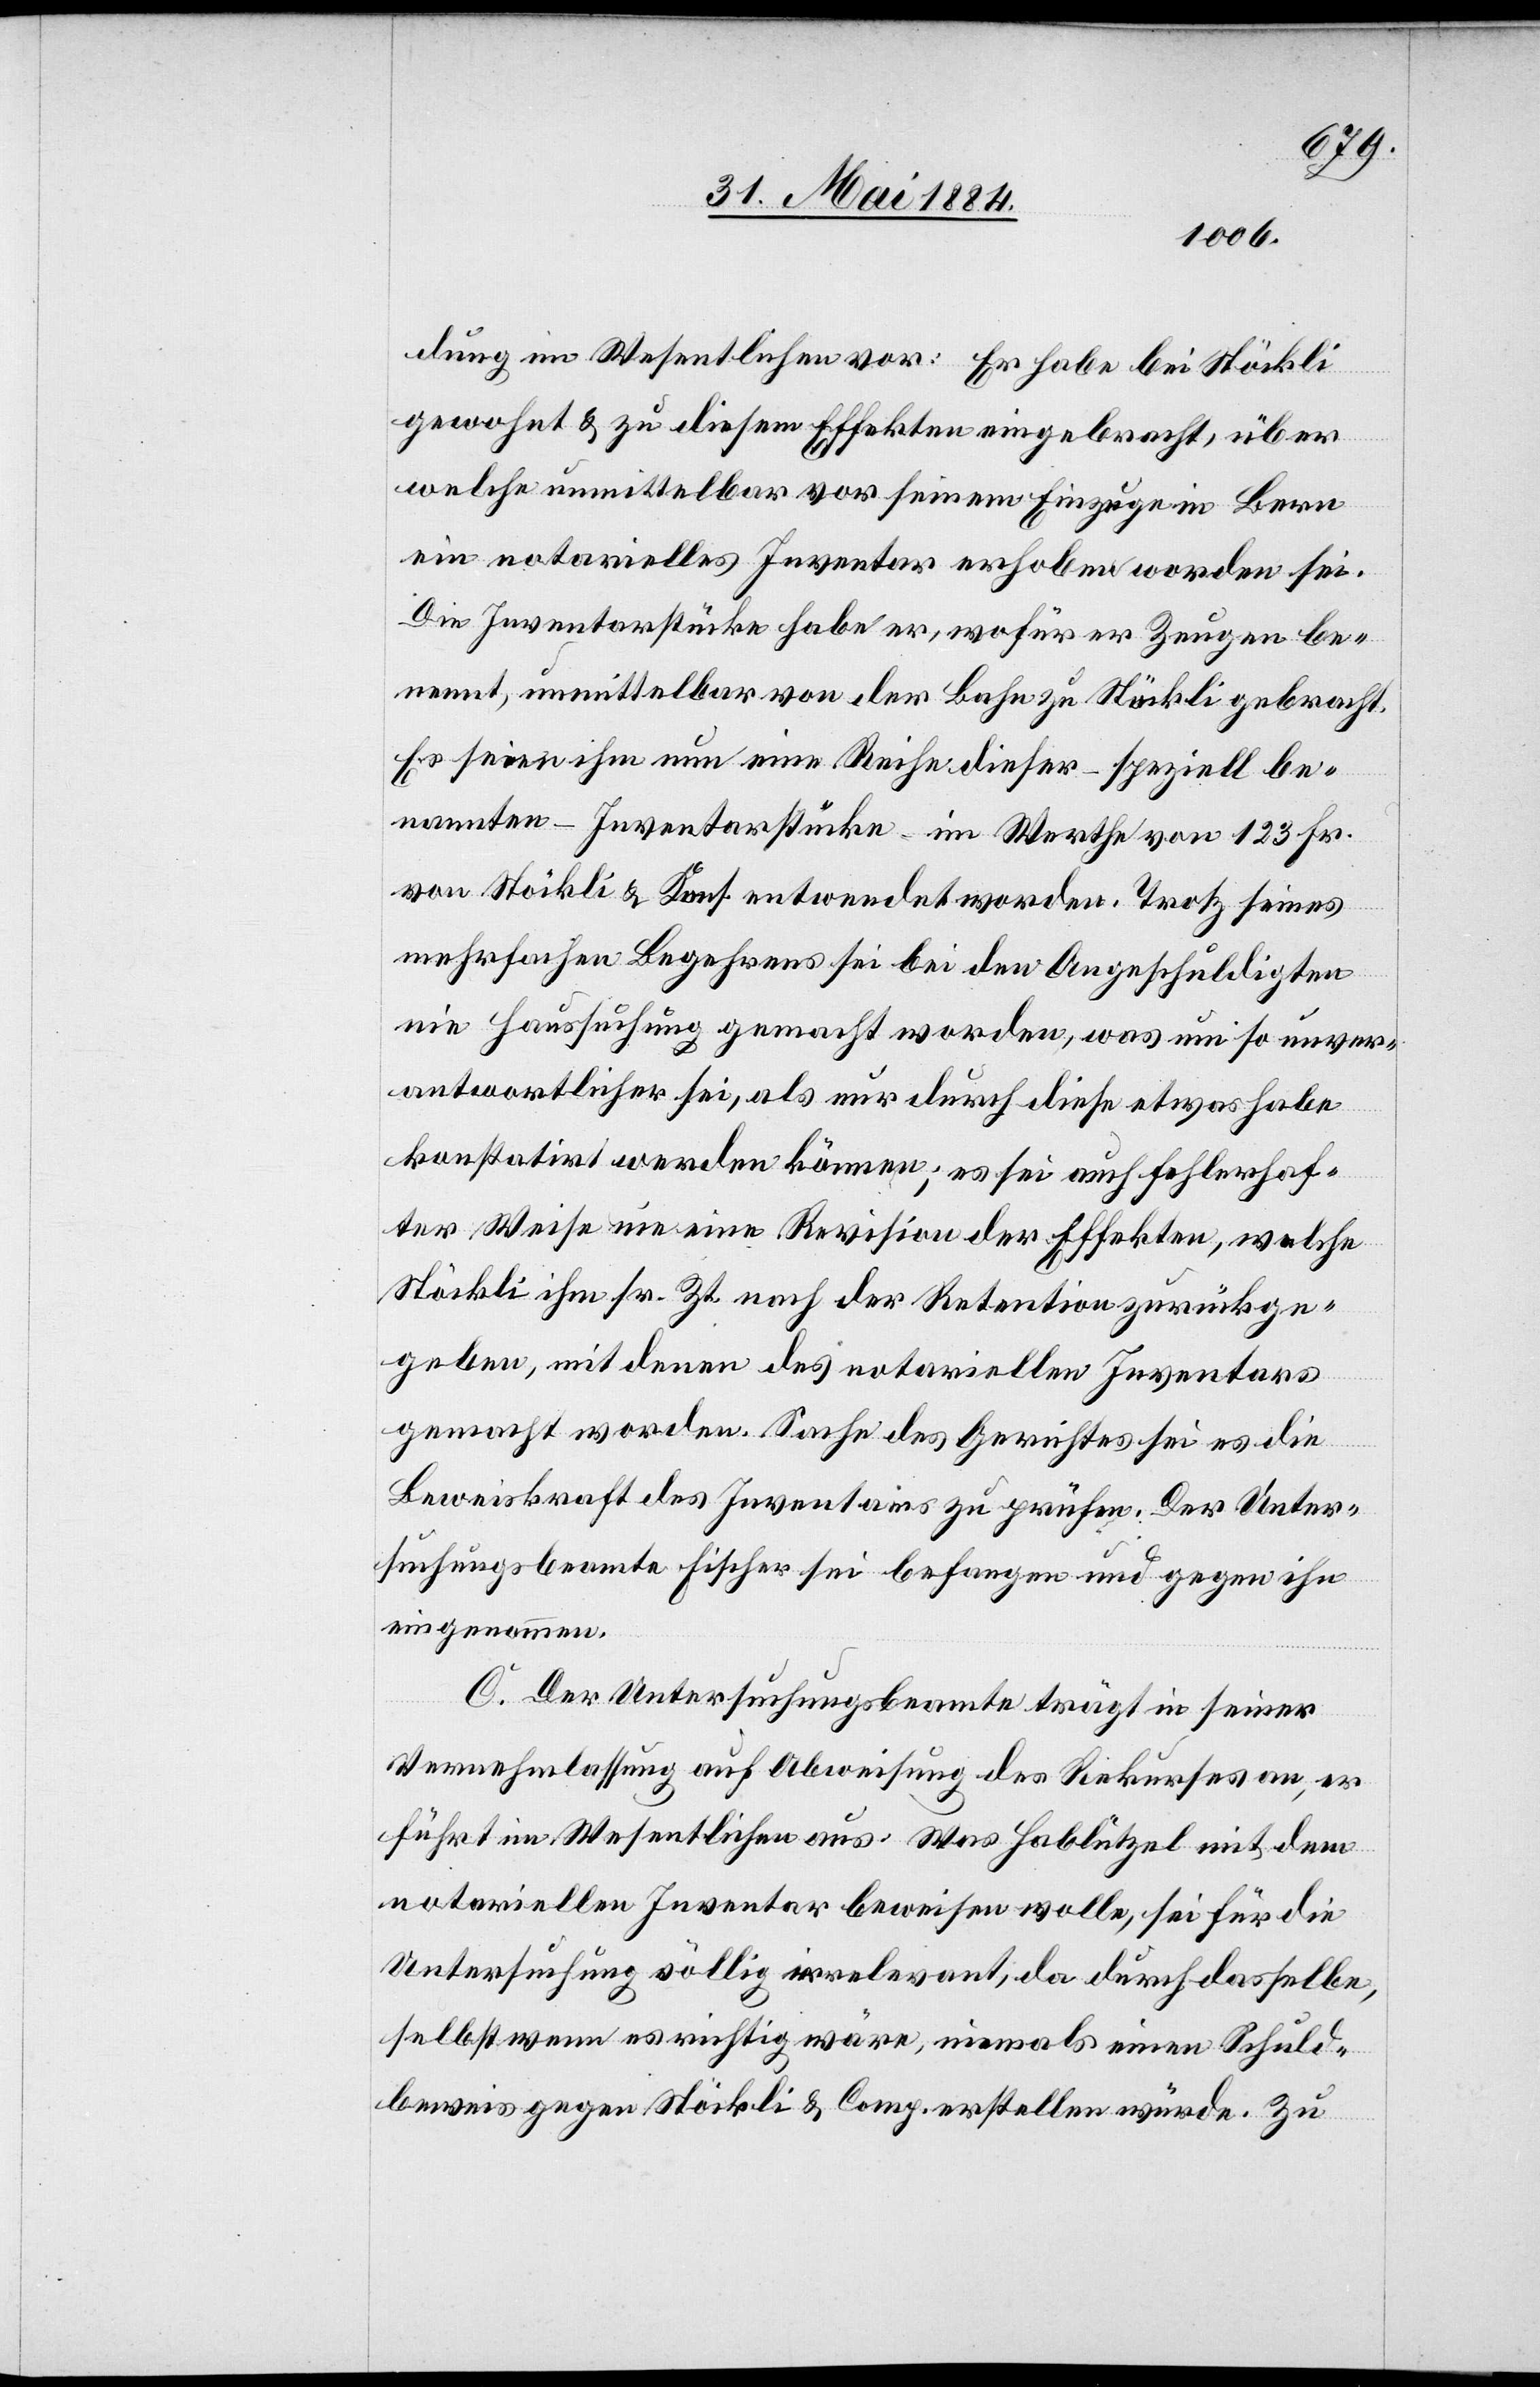
dung im Wesentlichen vor: Er habe bei Stöckli
gewohnt & zu diesem Effekten eingebracht, über
welche unmittelbar vor seinem Einzuge in Bern
ein notarielles Inventar erhoben worden sei.
Die Inventarstücke habe er, wofür er Zeugen be¬
nennt, unmittelbar von der Bahn zu Stöckli gebracht.
Es seien ihm nun eine Reihe dieser – speziell be¬
nannten – Inventarstücke im Werthe von 123 Fr.
von Stöckli & Kons. entwendet worden. Trotz seines
mehrfachen Begehrens sei bei den Angeschuldigten
nie Haussuchung gemacht worden, was um so unver¬
antwortlicher sei, als nur durch diese etwas habe
konstatirt werden können; es sei auch fehlerhaf¬
ter Weise nie eine Revision der Effekten, welche
Stöckli ihm sr. Zt. nach der Retention zurückge¬
gen, mit denen des notariellen Inventars
gemacht worden. Sache des Gerichtes sei es die
Beweiskraft des Inventars zu prüfen. Der Unter¬
suchungsbeamte Fischer sei befangen und gegen ihn
eingenommen.
C. Der Untersuchungsbeamte trägt in seiner
Vernehmlassung auf Abweisung des Rekurses an, er
führt im Wesentlichen aus: Was Hablützel mit dem
notariellen Inventar beweisen wolle, sei für die
Untersuchung völlig irrelevant, da durch dasselbe,
selbst wenn es richtig wäre, niemals einen Schuld¬
beweis gegen Stöckli & Comp. erstellen würde